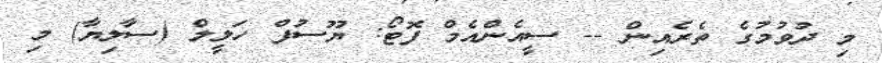
މި ދުވުމުގެ ތެރެއިން -- ސީއެންއެމް ފޮޓޯ: ޔޫސުފް ހަލީލް (ސާލިޔާ) މި